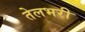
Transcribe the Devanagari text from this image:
तेलभरी